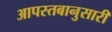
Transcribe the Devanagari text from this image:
आपस्तबानुसारी